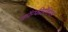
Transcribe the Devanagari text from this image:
कॉन्फीडेंशियल